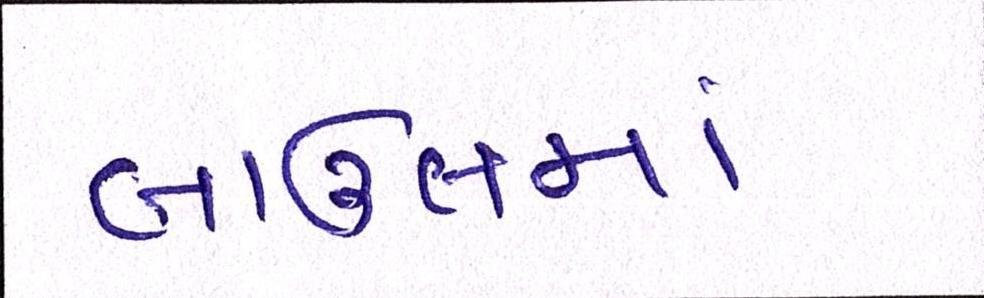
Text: બાઉલમાં